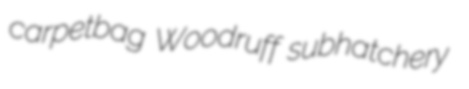
carpetbag Woodruff subhatchery